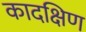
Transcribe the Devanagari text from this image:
कादक्षिण